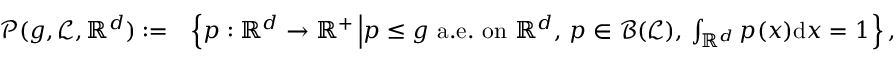
\begin{array} { r l } { \mathcal { P } ( g , \mathcal { L } , \mathbb { R } ^ { d } ) : = } & { \left\{ p : \mathbb { R } ^ { d } \rightarrow \mathbb { R } ^ { + } \left| p \leq g \mathrm { ~ a . e . ~ o n ~ } \mathbb { R } ^ { d } , \, p \in \mathcal { B } ( \mathcal { L } ) , \, \int _ { \mathbb { R } ^ { d } } p ( x ) \mathrm { d } x = 1 \right. \right\} , } \end{array}